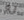
به